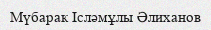
Мүбарак Ісләмұлы Әлиханов